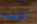
أعلمت